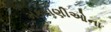
મકરાણીઓના